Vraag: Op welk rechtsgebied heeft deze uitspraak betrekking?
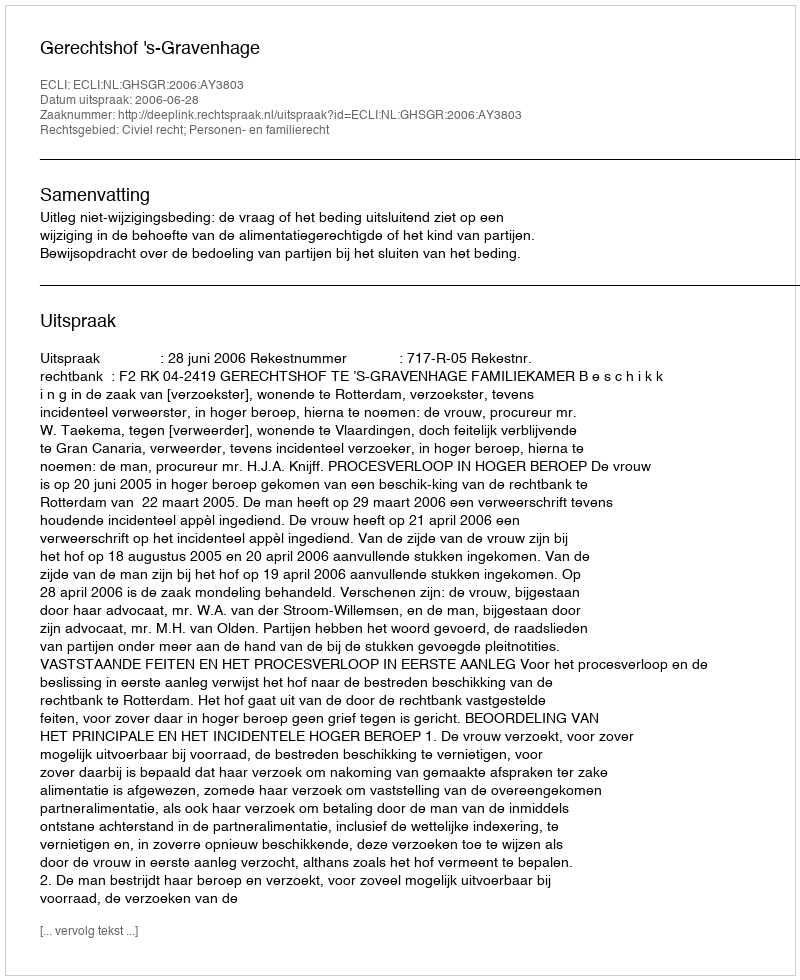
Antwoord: Civiel recht; Personen- en familierecht